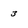
Character: 3